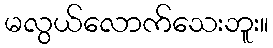
မလွယ်လောက်သေးဘူး။